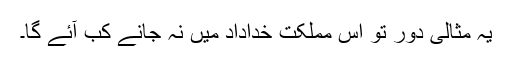
یہ مثالی دَور تو اس مملکت خداداد میں نہ جانے کب آئے گا۔